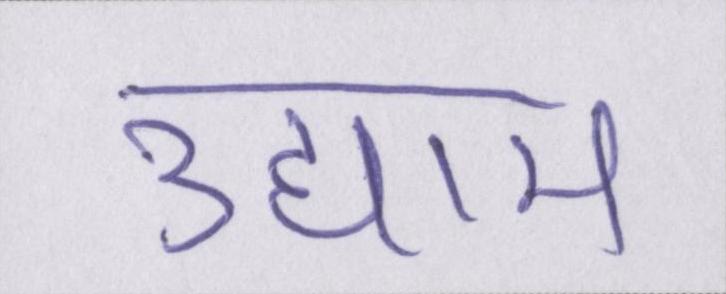
उद्याम